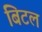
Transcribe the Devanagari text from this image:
बिटल